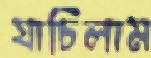
যাচিলাম